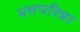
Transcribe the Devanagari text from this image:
भत्तपरिन्ना